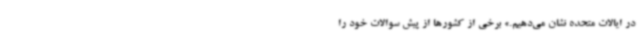
در ایالات متحده نشان می‌دهیم.» برخی از کشورها از پیش سوالات خود را